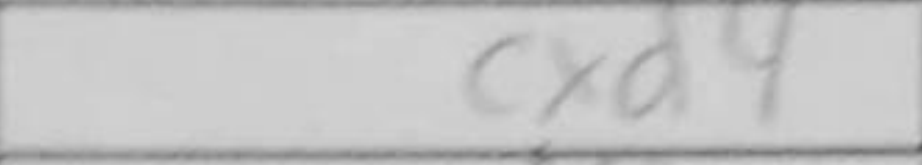
Transcription: cxd4